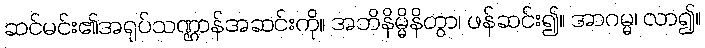
ဆင်မင်း၏အရုပ်သဏ္ဌာန်အဆင်းကို။ အဘိနိမ္မိနိတွာ၊ ဖန်ဆင်း၍။ အာဂမ္မ၊ လာ၍။